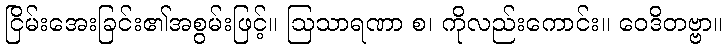
ငြိမ်းအေးခြင်း၏အစွမ်းဖြင့်။ ဩသာရဏာ စ၊ ကိုလည်းကောင်း။ ဝေဒိတဗ္ဗာ။